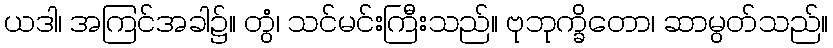
ယဒါ၊ အကြင်အခါ၌။ တွံ၊ သင်မင်းကြီးသည်။ ဗုဘုက္ခိတော၊ ဆာမွတ်သည်။